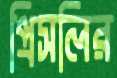
প্রিসলির